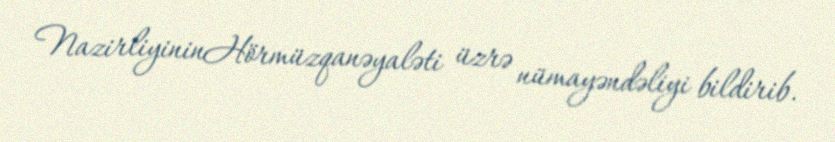
NazirliyininHörmüzqanəyaləti üzrə nümayəndəliyi bildirib.